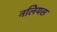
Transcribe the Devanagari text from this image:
नलियस